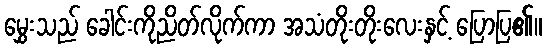
မွှေးသည် ခေါင်းကိုညိတ်လိုက်ကာ အသံတိုးတိုးလေးနှင့် ပြောပြ၏။